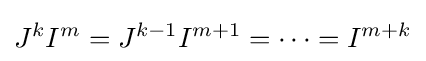
J^{k}I^{m}=J^{k-1}I^{m+1}=\cdots =I^{m+k}